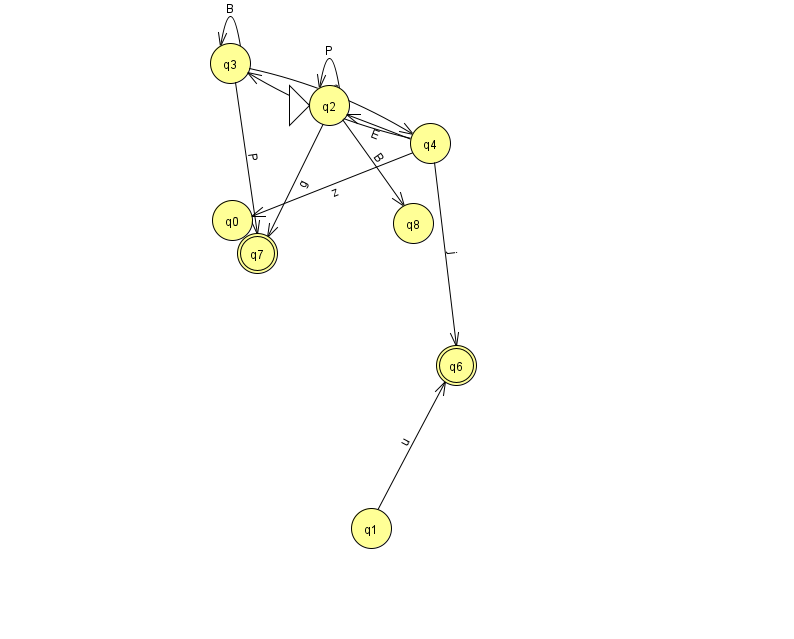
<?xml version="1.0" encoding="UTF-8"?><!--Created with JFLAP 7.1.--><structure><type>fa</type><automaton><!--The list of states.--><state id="0" name="q0"><x>232.0</x><y>207.0</y></state><state id="1" name="q1"><x>371.0</x><y>515.0</y></state><state id="2" name="q2"><x>329.0</x><y>92.0</y><initial/></state><state id="3" name="q3"><x>230.0</x><y>50.0</y></state><state id="4" name="q4"><x>430.0</x><y>130.0</y></state><state id="6" name="q6"><x>456.0</x><y>352.0</y><final/></state><state id="7" name="q7"><x>257.0</x><y>240.0</y><final/></state><state id="8" name="q8"><x>413.0</x><y>210.0</y></state><!--The list of transitions.--><transition><from>2</from><to>2</to><read>P</read></transition><transition><from>3</from><to>3</to><read>B</read></transition><transition><from>3</from><to>4</to><read>e</read></transition><transition><from>4</from><to>6</to><read>j</read></transition><transition><from>4</from><to>3</to><read>w</read></transition><transition><from>1</from><to>6</to><read>u</read></transition><transition><from>4</from><to>2</to><read>E</read></transition><transition><from>3</from><to>7</to><read>P</read></transition><transition><from>2</from><to>7</to><read>g</read></transition><transition><from>2</from><to>8</to><read>B</read></transition><transition><from>4</from><to>0</to><read>z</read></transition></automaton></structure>